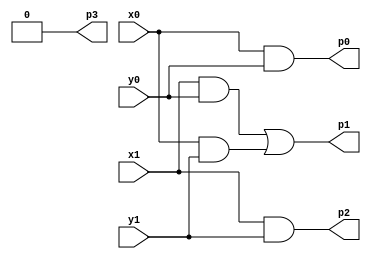
module mult2x2 (
  x1, x0, y1, y0,
  p3, p2, p1, p0
);
input x1, x0, y1, y0;
output p3, p2, p1, p0;

assign p3 = 0;
assign p2 = (x1 & y1);
assign p1 = (x1 & y0) | (x0 & y1);
assign p0 = (x0 & y0);
endmodule